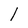
Character: l